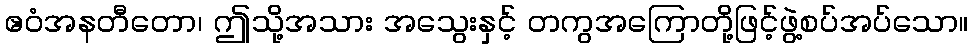
ဧဝံအနတီတော၊ ဤသို့အသား အသွေးနှင့် တကွအကြောတို့ဖြင့်ဖွဲ့စပ်အပ်သော။